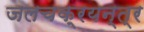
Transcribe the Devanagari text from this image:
जलचक्रयन्त्र